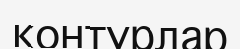
контурлар